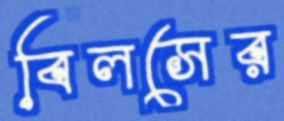
বিলসের